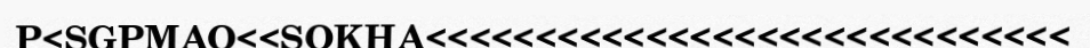
P<SGPMAO<<SOKHA<<<<<<<<<<<<<<<<<<<<<<<<<<<<<